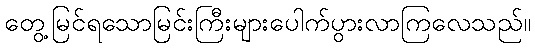
တွေ့မြင်ရသောမြင်းကြီးများပေါက်ပွားလာကြလေသည်။